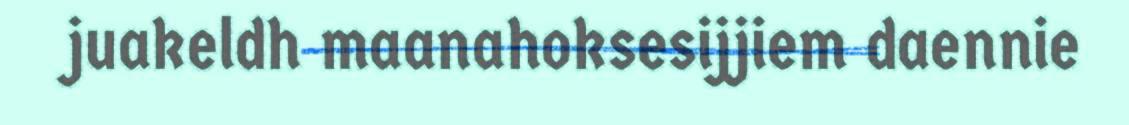
juakeldh maanahoksesijjiem daennie